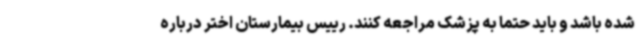
شده باشد و باید حتما به پزشک مراجعه کنند. رییس بیمارستان اختر درباره